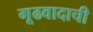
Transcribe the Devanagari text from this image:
गूढवादाची